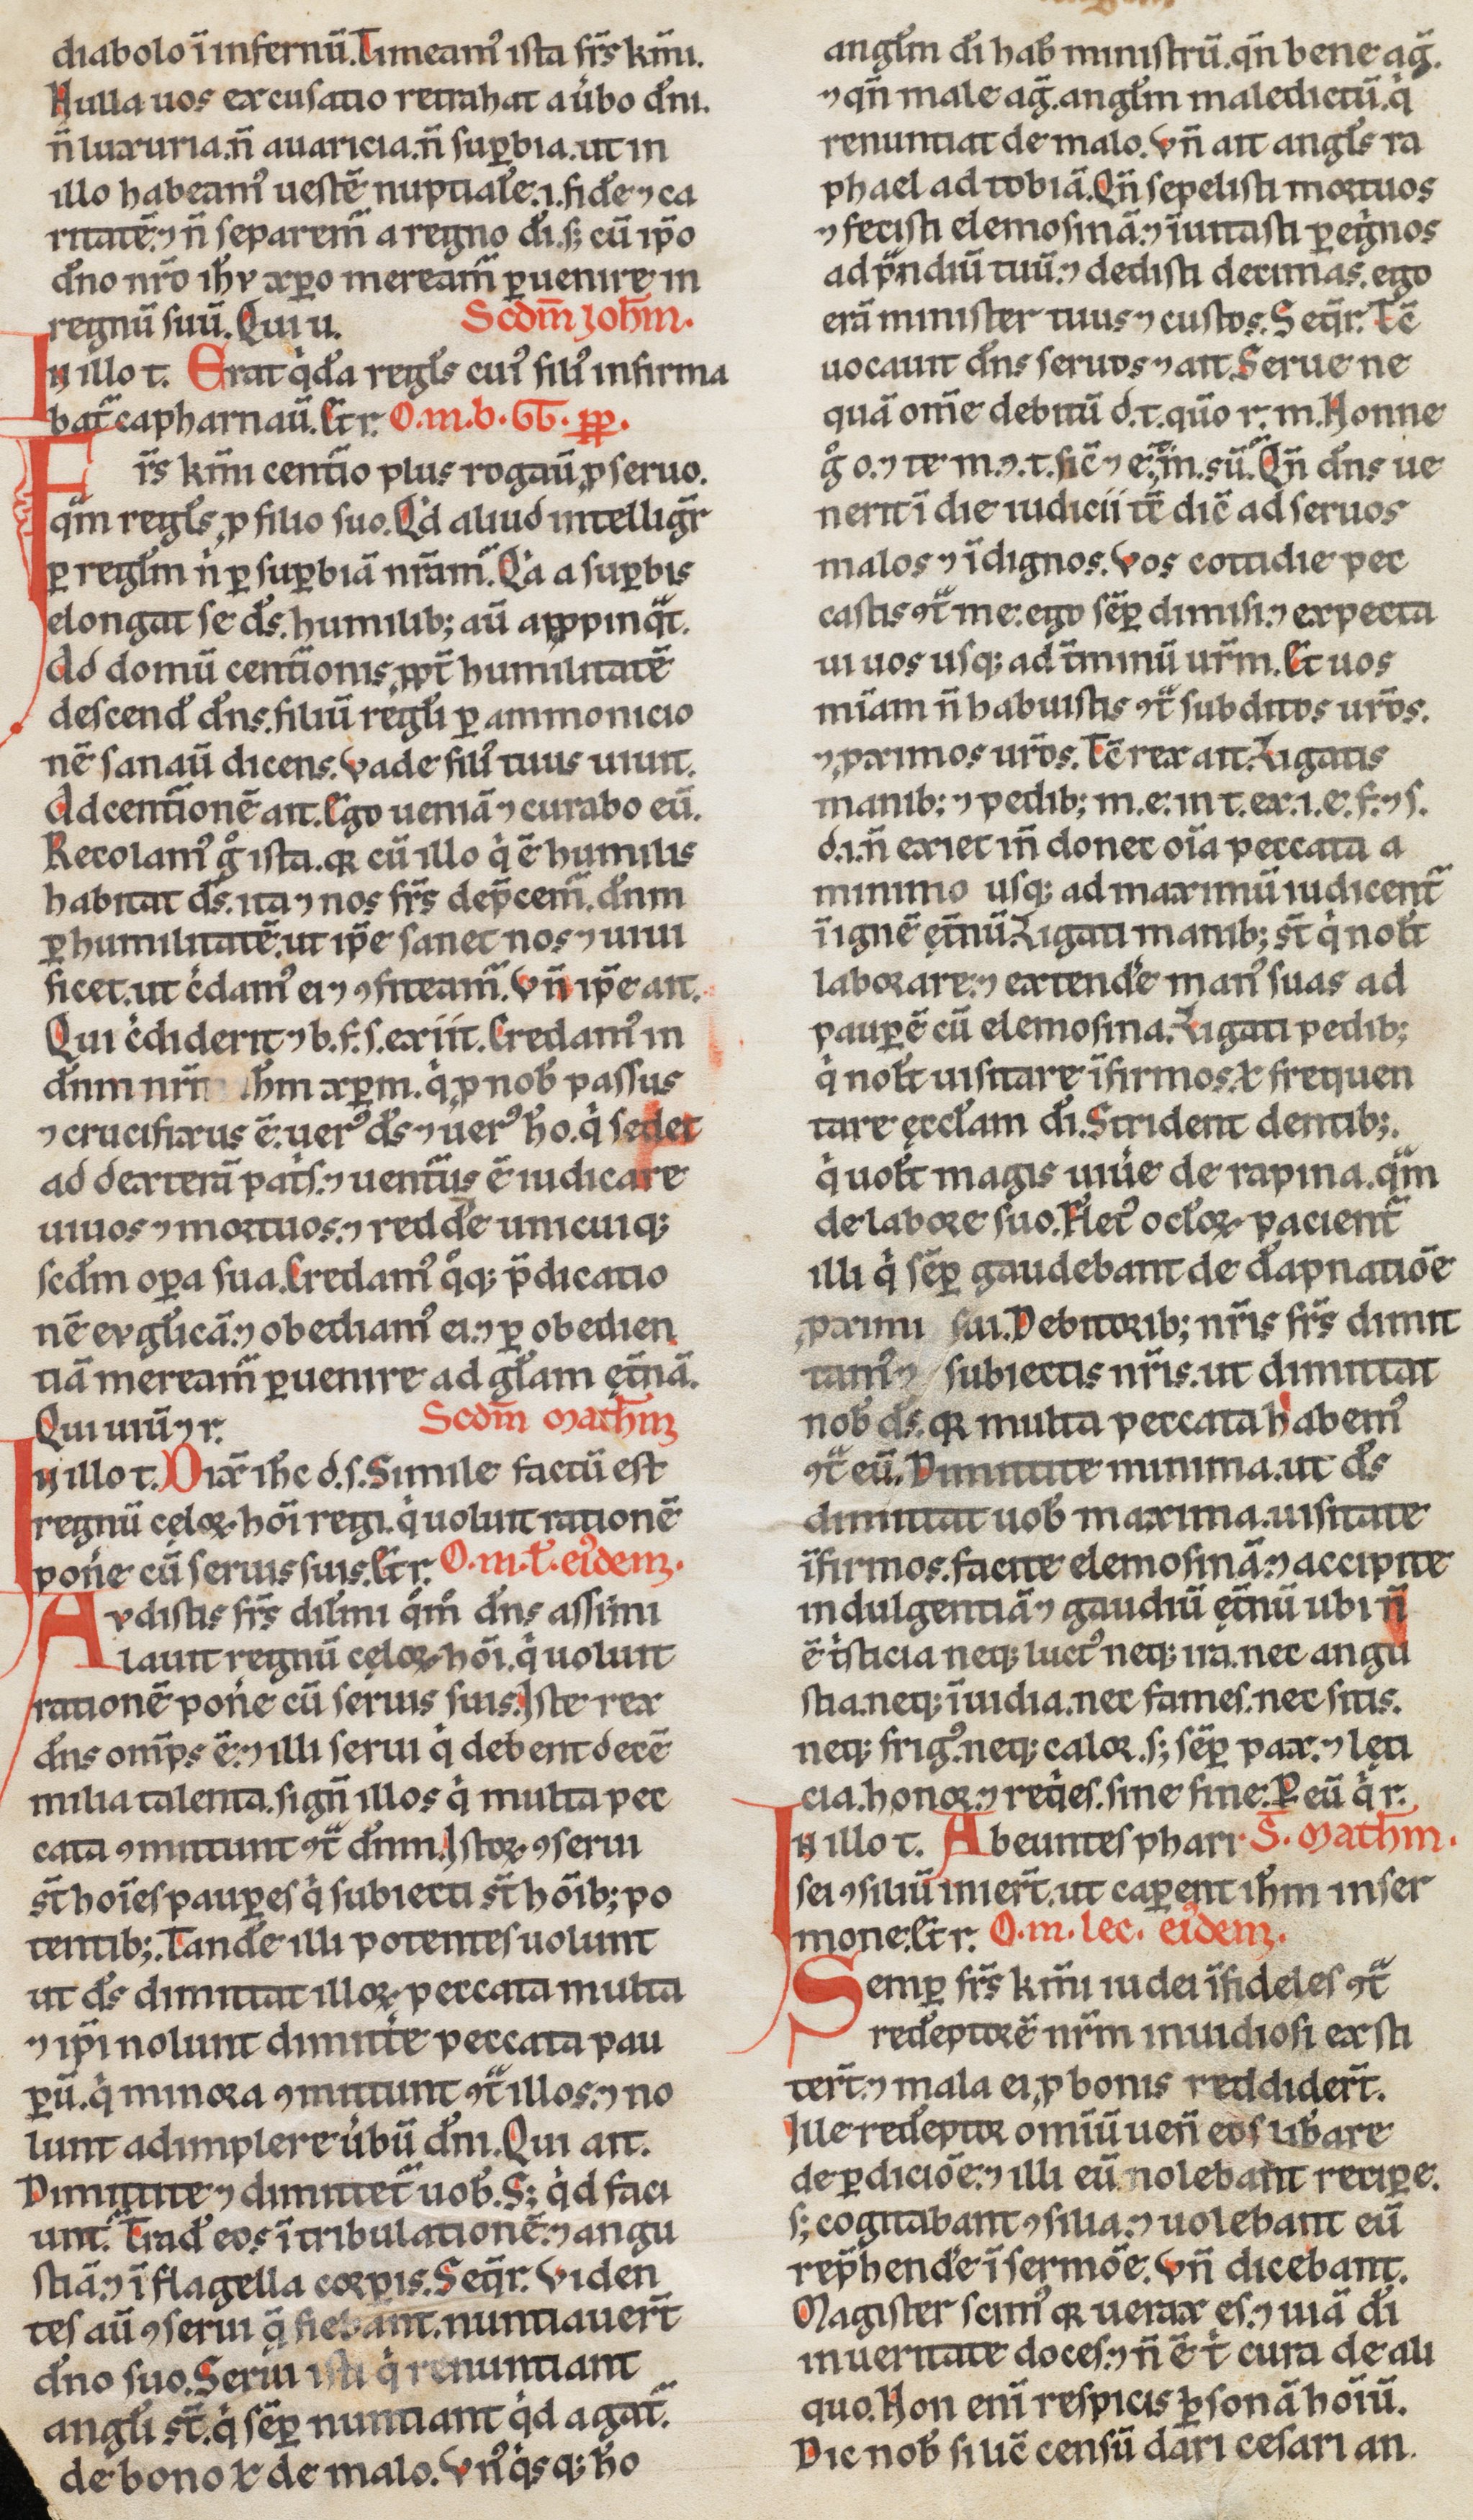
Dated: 1200–1249